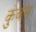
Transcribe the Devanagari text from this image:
कुंबन